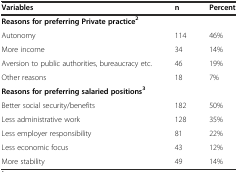
<table><thead><tr><td><b>Variables</b></td><td><b>n</b></td><td><b>Percent</b></td></tr></thead><tbody><tr><td><b>Reasons for preferring Private practice</b><sup><b>2</b></sup></td><td></td><td></td></tr><tr><td>Autonomy</td><td>114</td><td>46%</td></tr><tr><td>More income</td><td>34</td><td>14%</td></tr><tr><td>Aversion to public authorities, bureaucracy etc.</td><td>46</td><td>19%</td></tr><tr><td>Other reasons</td><td>18</td><td>7%</td></tr><tr><td><b>Reasons for preferring salaried positions</b><sup><b>3</b></sup></td><td></td><td></td></tr><tr><td>Better social security/benefits</td><td>182</td><td>50%</td></tr><tr><td>Less administrative work</td><td>128</td><td>35%</td></tr><tr><td>Less employer responsibility</td><td>81</td><td>22%</td></tr><tr><td>Less economic focus</td><td>43</td><td>12%</td></tr><tr><td>More stability</td><td>49</td><td>14%</td></tr></tbody></table>